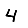
Digit: 4